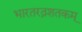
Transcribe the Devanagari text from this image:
भारतरत्नशतकम्